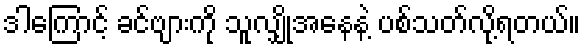
ဒါကြောင့် ခင်ဗျားကို သူလျှိုအနေနဲ့ ပစ်သတ်လို့ရတယ်။